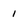
Character: 1